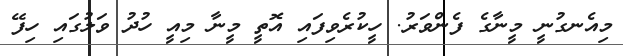
މިއެނގުނީ މީނާގެ ފެންވަރު. ހީކުރެވިފައި އޮތީ މީނާ މިއީ ހުދު ވަލުގައި ހިފޭ